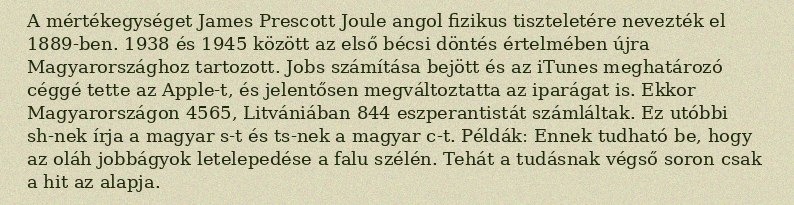
A mértékegységet James Prescott Joule angol fizikus tiszteletére nevezték el 1889-ben. 1938 és 1945 között az első bécsi döntés értelmében újra Magyarországhoz tartozott. Jobs számítása bejött és az iTunes meghatározó céggé tette az Apple-t, és jelentősen megváltoztatta az iparágat is. Ekkor Magyarországon 4565, Litvániában 844 eszperantistát számláltak. Ez utóbbi sh-nek írja a magyar s-t és ts-nek a magyar c-t. Példák: Ennek tudható be, hogy az oláh jobbágyok letelepedése a falu szélén. Tehát a tudásnak végső soron csak a hit az alapja.